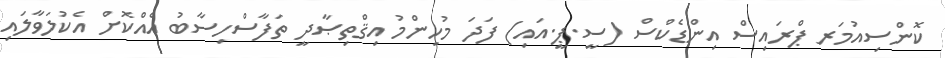
ކޮންސިއުމަރ ޕްރައިސް އިންޑެކްސް (ސީ.ޕީ.އައި) ފަދަ މުހިންމު އިޤްތިޞާދީ ތަފާސްހިސާބު އެއްކޮށް އެކުލަވާލައި